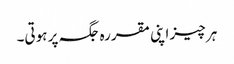
ہر چیز اپنی مقررہ جگہ پر ہوتی۔